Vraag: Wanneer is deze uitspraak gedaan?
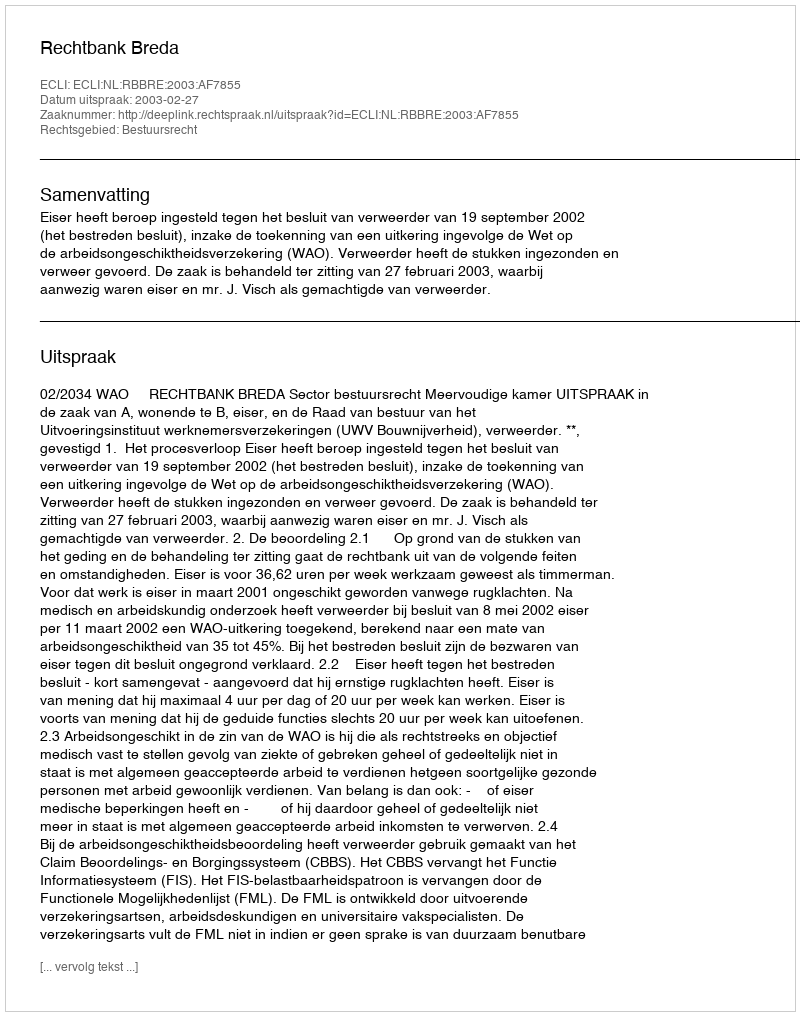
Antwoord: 2003-02-27